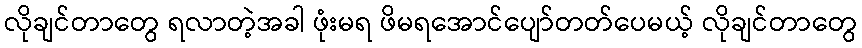
လိုချင်တာတွေ ရလာတဲ့အခါ ဖုံးမရ ဖိမရအောင်ပျော်တတ်ပေမယ့် လိုချင်တာတွေ